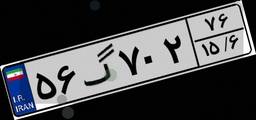
۵۶گ۷۰۲۷۶